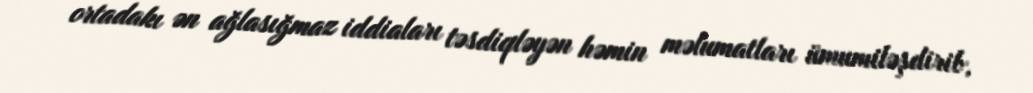
ortadakı ən ağlasığmaz iddiaları təsdiqləyən həmin məlumatları ümumiləşdirib,